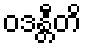
ဝဒန္တီတိ